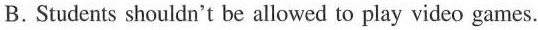
B.Students shouldn't be allowed to play video games.